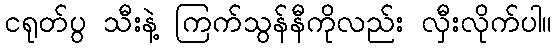
ငရုတ်ပွ သီးနဲ့ ကြက်သွန်နီကိုလည်း လှီးလိုက်ပါ။